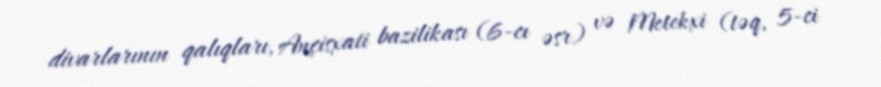
divarlarının qalıqları, Ançisxati bazilikası (6-cı əsr) və Metekxi (təq, 5-ci